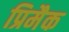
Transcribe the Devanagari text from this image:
प्रिमैक